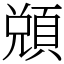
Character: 䫄